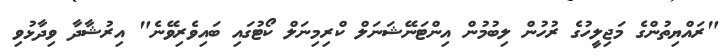
"ރައްޔިތުންގެ މަޖިލީހުގެ ރުހުން ލިބުމުން އިންޓަނޭޝަނަލް ކްރިމިނަލް ކޯޓުގައި ބައިވެރިވޭނެ" އިރުޝާދާ ވިދާޅުވި